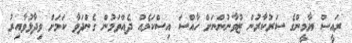
ރައީސް ޔާމީންގެ ސަރުކާރުން ޒުވާނުންނަށް ހާއްސަ އިސްކަމެއް ދެއްވަމުން ގެންދަވާ ކަމަށް ވިދާޅުވާއިރު